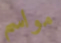
مواسم